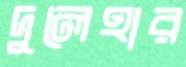
দুলেহার